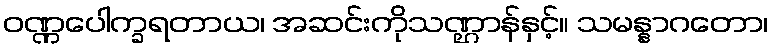
ဝဏ္ဏပေါက္ခရတာယ၊ အဆင်းကိုသဏ္ဌာန်နှင့်။ သမန္နာဂတော၊